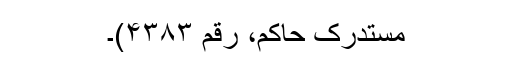
مستدرک حاکم، رقم ۴۳۸۳)۔